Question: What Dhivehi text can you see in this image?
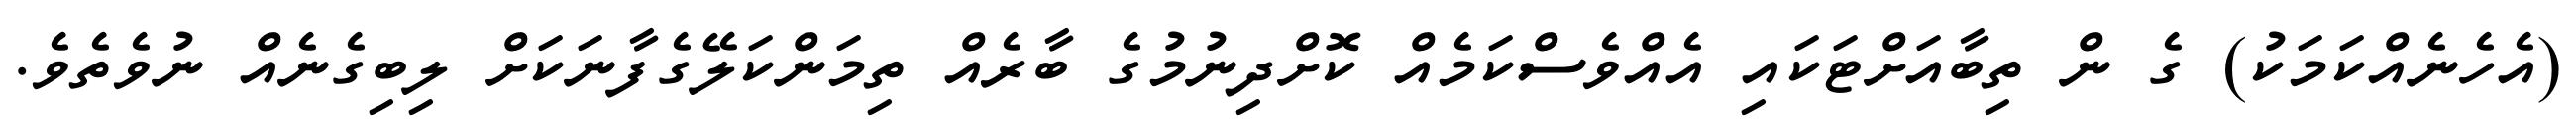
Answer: (އެހެނެއްކަމަކު) ގެ ން ތިބާއަށްޓަކައި އެއްވެސްކަމެއް ކޮށްދިނުމުގެ ބާރެއް ތިމަންކަލޭގެފާނަކަށް ލިބިގެނެއް ނުވެތެވެ.